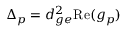
\Delta _ { p } = d _ { g e } ^ { 2 } \mathrm { R e } ( g _ { p } )